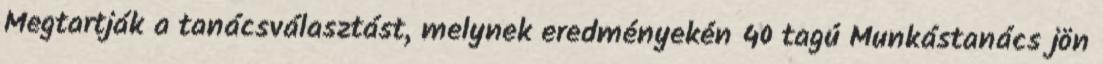
Megtartják a tanácsválasztást, melynek eredményekén 40 tagú Munkástanács jön